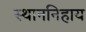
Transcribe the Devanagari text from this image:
स्थाननिहाय